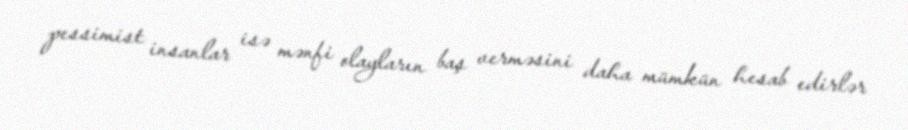
pessimist insanlar isə mənfi olayların baş verməsini daha mümkün hesab edirlər